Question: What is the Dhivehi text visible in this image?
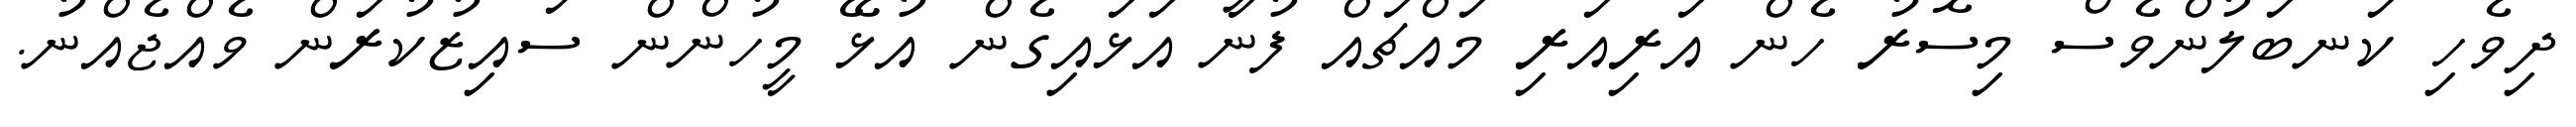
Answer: ދިވެހި ކަނބަލުންވެސް މިސޮރު ހެން އަރިއަރި މައްޗައް ފުނާ އަޅައިގެން އުޅޭ މީހުންން ސައިޒުކުރަން ވެއްޖެއްނު.